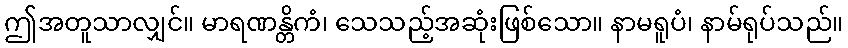
ဤအတူသာလျှင်။ မာရဏန္တိကံ၊ သေသည့်အဆုံးဖြစ်သော။ နာမရူပံ၊ နာမ်ရုပ်သည်။